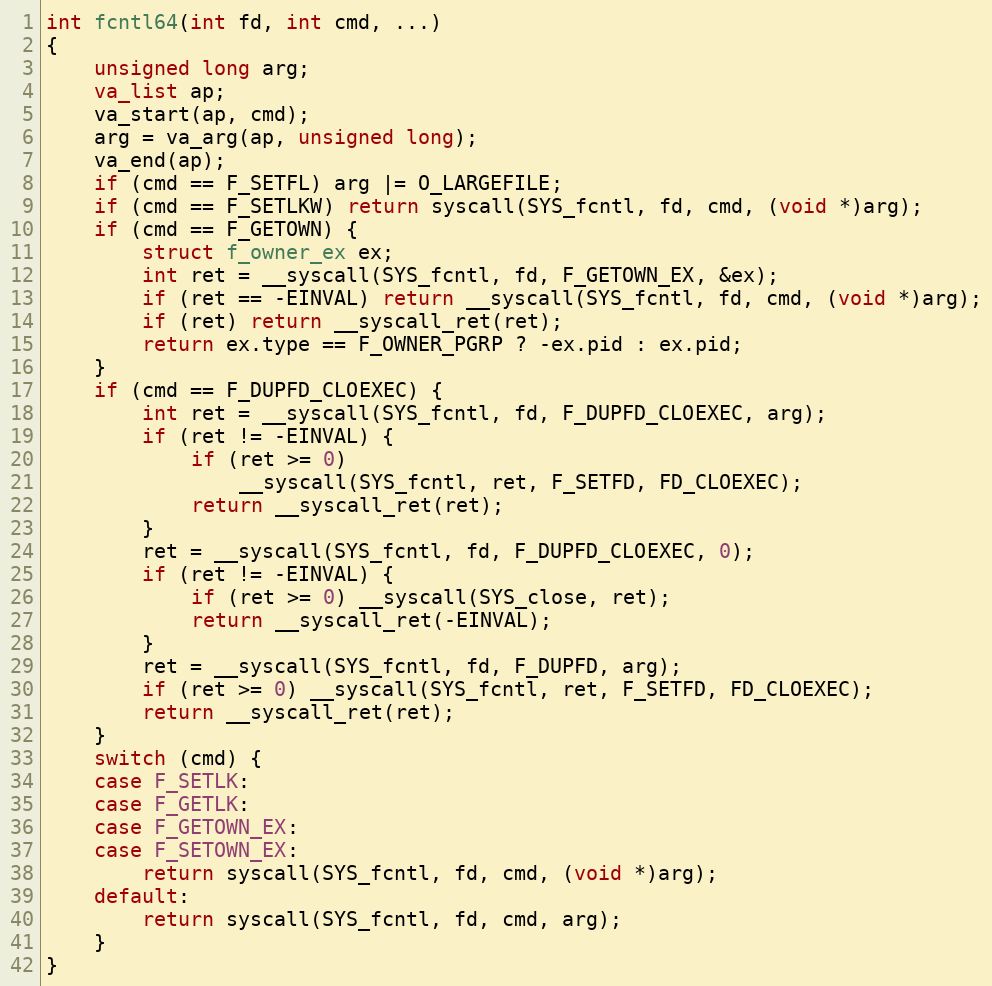
Language: C
int fcntl64(int fd, int cmd, ...)
{
    unsigned long arg;
    va_list ap;
    va_start(ap, cmd);
    arg = va_arg(ap, unsigned long);
    va_end(ap);
    if (cmd == F_SETFL) arg |= O_LARGEFILE;
    if (cmd == F_SETLKW) return syscall(SYS_fcntl, fd, cmd, (void *)arg);
    if (cmd == F_GETOWN) {
        struct f_owner_ex ex;
        int ret = __syscall(SYS_fcntl, fd, F_GETOWN_EX, &ex);
        if (ret == -EINVAL) return __syscall(SYS_fcntl, fd, cmd, (void *)arg);
        if (ret) return __syscall_ret(ret);
        return ex.type == F_OWNER_PGRP ? -ex.pid : ex.pid;
    }
    if (cmd == F_DUPFD_CLOEXEC) {
        int ret = __syscall(SYS_fcntl, fd, F_DUPFD_CLOEXEC, arg);
        if (ret != -EINVAL) {
            if (ret >= 0)
                __syscall(SYS_fcntl, ret, F_SETFD, FD_CLOEXEC);
            return __syscall_ret(ret);
        }
        ret = __syscall(SYS_fcntl, fd, F_DUPFD_CLOEXEC, 0);
        if (ret != -EINVAL) {
            if (ret >= 0) __syscall(SYS_close, ret);
            return __syscall_ret(-EINVAL);
        }
        ret = __syscall(SYS_fcntl, fd, F_DUPFD, arg);
        if (ret >= 0) __syscall(SYS_fcntl, ret, F_SETFD, FD_CLOEXEC);
        return __syscall_ret(ret);
    }
    switch (cmd) {
    case F_SETLK:
    case F_GETLK:
    case F_GETOWN_EX:
    case F_SETOWN_EX:
        return syscall(SYS_fcntl, fd, cmd, (void *)arg);
    default:
        return syscall(SYS_fcntl, fd, cmd, arg);
    }
}